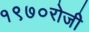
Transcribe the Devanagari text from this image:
१९७०रोजीे